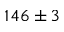
1 4 6 \pm 3